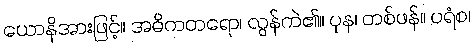
ယောနိအားဖြင့်။ အဓိကတရော၊ လွန်ကဲ၏။ ပုန၊ တစ်ဖန်။ ပရံစ၊